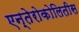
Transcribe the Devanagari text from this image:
एन्तेरोकोलितीस